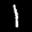
Label: 1